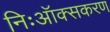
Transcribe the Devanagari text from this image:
निःऑक्सकरण